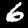
Digit: 6